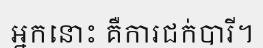
អ្នកនោះ គឺការជក់បារី។